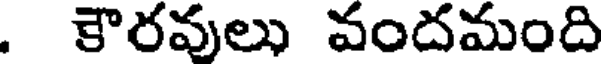
. కౌరవులు వందమంది